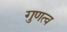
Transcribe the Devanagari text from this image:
गुणत्व